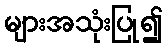
များအသုံးပြု၍